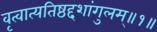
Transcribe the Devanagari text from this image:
वृत्वात्यतिष्ठद्दशांगुलम्॥१॥